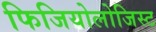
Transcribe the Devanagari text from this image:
फिजियोलोजिस्ट